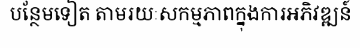
បន្ថែមទៀត តាមរយៈសកម្មភាពក្នុងការអភិវឌ្ឍន៍